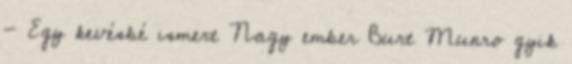
- Egy kevésbé ismert Nagy ember Burt Munro gyik